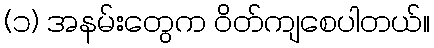
(၁) အနမ်းတွေက ဝိတ်ကျစေပါတယ်။